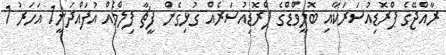
ރާއްޖޭގެ ޕްރޮޑިއުސަރަކާއި ބޮލީވްޑްގެ ޕްރޮޑިއުސަރެއް ގުޅިގެން ފީޗާ ފިލްމެއް އުފައްދަނީ1 އަހަރު 1